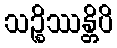
သဉ္စိဿန္တိပိ